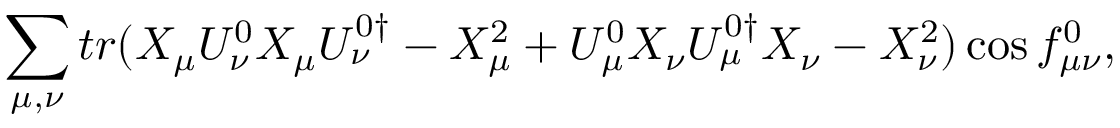
\sum _ { \mu , \nu } { t r ( X _ { \mu } U _ { \nu } ^ { 0 } X _ { \mu } U _ { \nu } ^ { 0 \dagger } - X _ { \mu } ^ { 2 } + U _ { \mu } ^ { 0 } X _ { \nu } U _ { \mu } ^ { 0 \dagger } X _ { \nu } - X _ { \nu } ^ { 2 } ) \cos { f _ { \mu \nu } ^ { 0 } } } ,